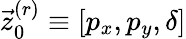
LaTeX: \vec{z}_{0}^{(r)}\equiv[p_{x},p_{y},\delta]